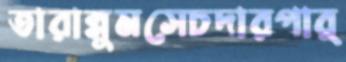
তারান্নুমসেচদারপার্